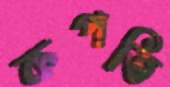
কপতি